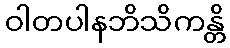
ဝါတပါနဘိသိကန္တိ